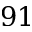
9 1